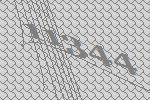
11344